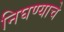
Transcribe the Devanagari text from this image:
निघण्याचे